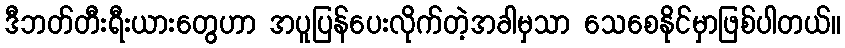
ဒီဘတ်တီးရီးယားတွေဟာ အပူပြန်ပေးလိုက်တဲ့အခါမှသာ သေစေနိုင်မှာဖြစ်ပါတယ်။